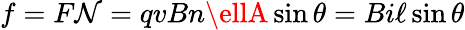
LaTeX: f=F\mathcal{N}=qvBn\ellA\sin\theta=Bi\ell\sin\theta